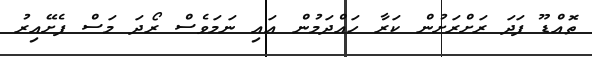
ތޮއްޑޫ ފަދަ ރަށްރަށުން ކަރާ ހައްދަމުން އައި ނަމަވެސް ރޯދަ މަސް ފެށޭއިރު